Annual report of the Camel Specialist
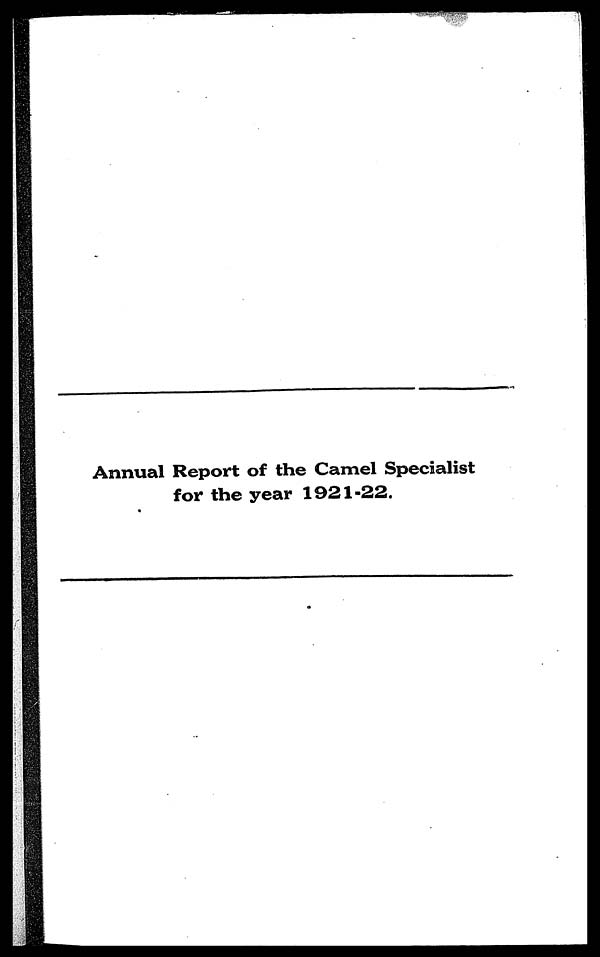
Annual Report of the Camel Specialist
for the year 1921-22.